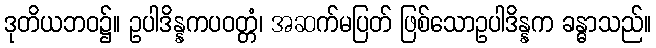
ဒုတိယဘဝ၌။ ဥပါဒိန္နကပဝတ္တံ၊ အဆက်မပြတ် ဖြစ်သောဥပါဒိန္နက ခန္ဓာသည်။